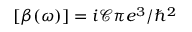
[ \beta ( \omega ) ] = i \mathcal { C } \pi e ^ { 3 } / \hbar ^ { 2 }